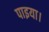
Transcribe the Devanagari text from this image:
पाइया।